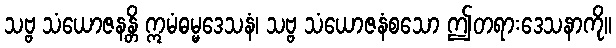
သဗ္ဗ သံယောဇနန္တိ ဣမံဓမ္မဒေသနံ၊ သဗ္ဗ သံယောဇနံစသော ဤတရားဒေသနာကို။